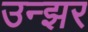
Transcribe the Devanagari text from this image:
उन्झर